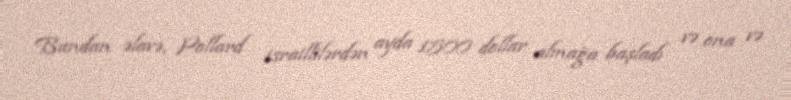
Bundan əlavə, Pollard israillilərdən ayda 1500 dollar almağa başladı və ona və